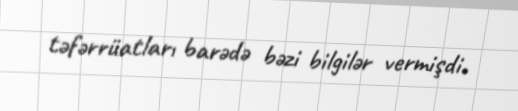
təfərrüatları barədə bəzi bilgilər vermişdi.